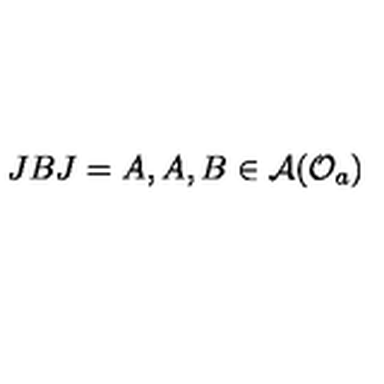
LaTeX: J B J = A , A , B \in \mathcal { A } ( \mathcal { O } _ { a } )